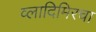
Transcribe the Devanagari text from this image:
व्लादिमिरचा